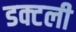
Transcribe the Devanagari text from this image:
डक्टली